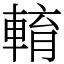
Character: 𨌯